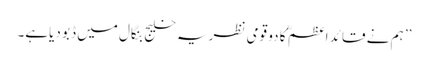
’’ ہم نے قائد اعظم ؒ کا دو قومی نظریہ خلیج بنگال میں ڈبو دیاہے۔